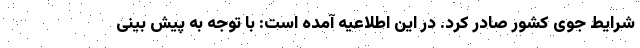
شرایط جوی کشور صادر کرد. در این اطلاعیه آمده است: با توجه به پیش بینی